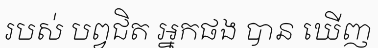
របស់ បព្វជិត អ្នកផង បាន ឃើញ